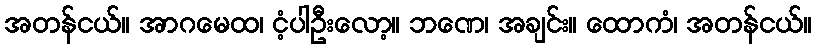
အတန်ငယ်။ အာဂမေထ၊ ငံ့ပါဦးလော့။ ဘဏေ၊ အချင်း။ ထောကံ၊ အတန်ငယ်။